Vaccination in the Punjab 1867-1880 - 1867-1880
Year: 1867
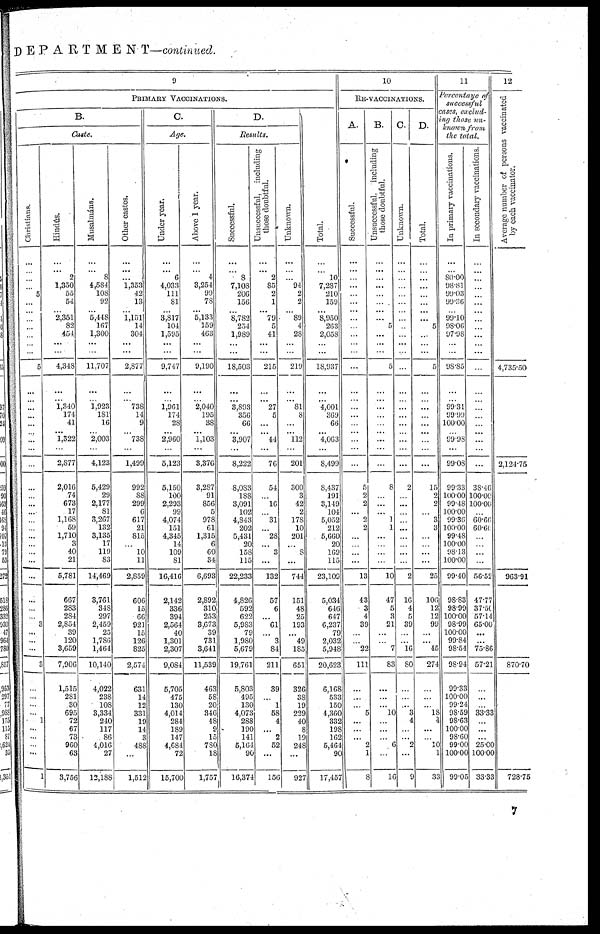
DEPARTMENT—continued.
9
PRIMARY VACCINATIONS.
B.
Caste.
Christians.
...
...
...
...
5
...
... ...
...
...
...
...
5
...
...
...
...
...
... ...
...
...
...
...
...
...
...
...
...
...
...
...
...
...
...
...
3
...
...
...
3
...
...
...
...
1
...
...
...
...
...
Hindús.
...
...
2
1,350
55
54
... 2,351
82
454
...
...
4,348
...
... 1,340
174
41
... 1,322
...
2,877
2,016
74
673
17
1,168
59
1,710
3
40
21
5,781
667
283
284
2,854
39
120
3,659
7,906
1,515
281
30
695
72
67
73
960
63
3,756
Musalmáns.
...
...
8
4,584
108
92
... 5,448
167
1,300
...
...
11,707
...
... 1,923
181
16
... 2,003
...
4.123
5,429
29
2,177
81
3,267
132
3,135
17
119
83
14,469
3,761
348
297
2,459
25
1,786
1,464
10,140
4,022
238
108
3,334
240
117
86
4,016
27
12,188
Other castes.
...
...
... 1,353
42
13
... 1,151
14
304
...
...
2,877
...
... 738
14
9
... 738
...
1,499
992
88
299
6
617
21
815
...
10
11
2,859
606
15
66
921
15
126
825
2,574
631
14
12
331
19
14
3
488
...
1,512
C.
Age.
Under year.
...
...
6
4,033
111
81
... 3,817
104
1,595
...
...
9,747
...
... 1,961
174
28
... 2,960
...
5,123
5,150
100
2,293
99
4,074
151
4,345
14
109
81
16,416
2,142
336
394
2,564
40
1,301
2,307
9,084
5,705
475
130
4,014
284
189
147
4,684
72
15,700
Above 1 year.
...
...
4
3,254
99
78
... 5,133
159
463
...
...
9,190
...
... 2,040
195
38
... 1,103
...
3,376
3,287
91
856
5
978
61
1,315
6
60
34
6,693
2,892
310
253
3,673
39
731
3,641
11,539
463
58
20
346
48
9
15
780
18
1,757
D.
Results.
Successful.
...
...
8
7,108
206
156
... 8,7S2
254
1,989
...
...
18,503
...
... 3,893
356
66
... 3,907
...
8,222
8,083
188
3,091
102
4,843
202
5,431
20
158
115
22,233
4,826
592
622
5,983
79
1,980
5,679
19,761
5,803
495
130
4,073
288
190
141
5,164
90
16,374
Unsuccessful,
including
those doubtful.
...
...
2
85
2
1
... 79
5
41
...
...
215
...
... 27
5
...
... 44
...
76
54
...
16
...
31
...
28
...
3
...
132
57
6
...
61
...
3
84
211
39
...
1
58
4
...
2
52
...
156
Unknown.
...
...
... 94
2
2
... 89
4
28
...
...
219
...
... 81
8
...
... 112
...
201
300
3
42
2
178
10
201
...
8
...
744
151
48
25
193
...
49
185
651
326
38
19
229
40
8
19
248
...
927
Total.
...
...
10
7,287
210
159
... 8,50
263
2,058
...
...
18,937
...
... 4,001
369
66
... 4,063
...
8,499
8,437
191
3,149
104
5,052
212
5,660
20
169
113
23,109
5,034
646
647
6,237
79
2,032
5,948
20,623
6,168
533
150
4,360
332
198
162
5,464
90
17,457
10
RE-VACCINATIONS.
A.
Successful.
...
...
...
...
...
...
... ...
...
...
...
...
...
...
...
...
...
...
... ...
...
...
5
2
2
...
2
2
...
...
...
...
13
43
3
4
39
...
...
22
111
...
...
...
5
...
...
... 2
1
8
B.
Unsuccessful. including
those doubtful.
...
...
...
...
...
...
... ...
5
...
...
5
...
...
...
...
...
... ...
...
...
8
...
...
...
1
1
...
...
...
...
10
47
5
3
21
...
...
7
83
...
...
...
10
...
...
...
6
...
16
C.
Unknown.
...
...
...
...
...
...
... ...
...
...
...
...
...
...
...
...
...
... ...
...
...
2
...
...
...
...
...
...
...
...
...
2
16
4
5
39
...
...
16
80
...
...
...
3
4
...
...
2
...
9
D.
Total.
...
..
...
...
...
...
... ...
5
...
...
...
5
...
... ...
...
...
... ...
...
...
15
2
2
...
3
3
...
...
...
...
25
106
12
12
99
...
...
45
274
...
...
...
18
4
...
...
10
1
33
11
Percentage of
successful
cases, exclud¬
ing those un¬
known from
the total.
In primary vaccinations.
...
...
80.00 98.81
99.03
99.36
... 99.10
98.06
97.98
...
...
98.85
...
... 99.31
99.99
100.00
... 99.98
...
99.08
99.33
100.00
99.48
100.00
99.36
100.00
99.48
100.00
98.13
100.00
99.10
98.83
98.99
100.00
98.99
100.00
99.84
98.54
98.94
99.33
100.00
99.24
98.59
98.63
100.00
98.60
99.00
100.00
99.05
In secondary vaccinations.
...
...
...
...
...
...
... ...
...
...
...
...
...
...
...
...
...
...
... ...
...
...
38.40
100.00
100.00
...
60.60
60.60
...
...
...
...
56.52
47.77
37.50
57.14
65.00
...
...
75.86
57.21
...
...
...
33.33
...
...
...
25.00
100.00
33.33
12
Average number of persons vaccinated
by each vaccinator.
4,735.50
2,124.75
963.91
870.70
728.75
7